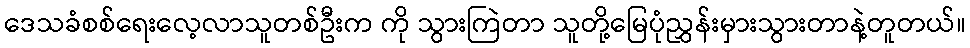
ဒေသခံစစ်ရေးလေ့လာသူတစ်ဦးက ကို သွားကြဲတာ သူတို့မြေပုံညွှန်းမှားသွားတာနဲ့တူတယ်။